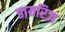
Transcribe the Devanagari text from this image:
डायरिज़